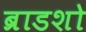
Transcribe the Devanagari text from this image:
ब्राडशो